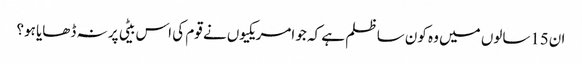
ان15سالوں میں وہ کون سا ظلم ہے کہ جو امریکیوں نے قوم کی اس بیٹی پر نہ ڈھایا ہو؟